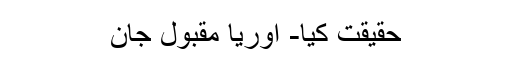
حقیقت کیا- اوریا مقبول جان